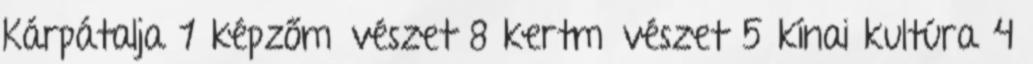
Kárpátalja 1 képzőművészet 8 kertművészet 5 kínai kultúra 4